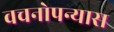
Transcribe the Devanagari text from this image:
वचनोपन्यास